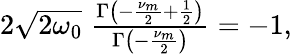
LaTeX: \begin{array}{r}{2\sqrt{2\omega_{0}}\; \frac{\Gamma\left(-\frac{\nu_{m}}{2}+\frac{1}{2}\right)}{\Gamma\left(-\frac{\nu_{m}}{2}\right)}=-1,}\end{array}